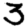
Digit: 3